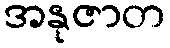
အနုဇာတ